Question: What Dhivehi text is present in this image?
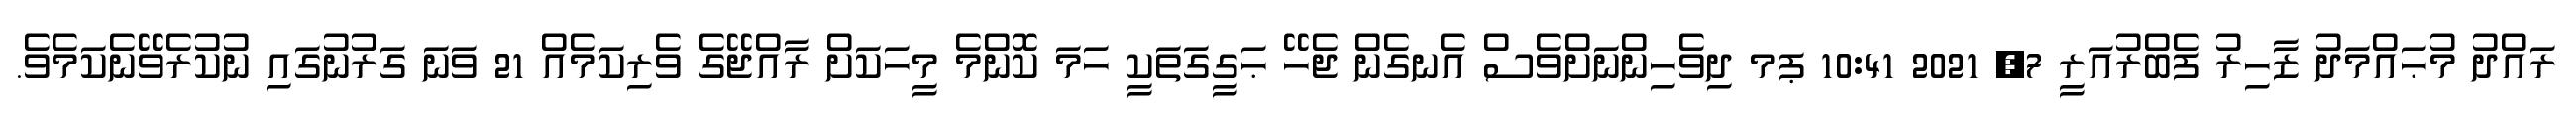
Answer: ރައްދު މުޙައްމަދު ޒާހިރު ފެބްރުއަރީ 7, 2021 10:41 ޕމ ދިވެހިންނަށްވެސް އެނގެން ޖެހޭ ޙަގީގަތަކީ ހަމަ ކޮންމެ މީހަކަށް ރާއްޖޭގެ ވެރިކަމެއް 21 ވަނަ ގަރުނުގައި ނުކުރެވޭނެކަމެވެ.